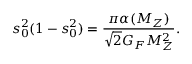
s _ { 0 } ^ { 2 } ( 1 - s _ { 0 } ^ { 2 } ) = { \frac { \pi \alpha ( M _ { Z } ) } { \sqrt 2 G _ { F } M _ { Z } ^ { 2 } } } .